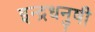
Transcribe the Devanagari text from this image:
इन्‍द्रधनुषी